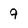
Character: 9